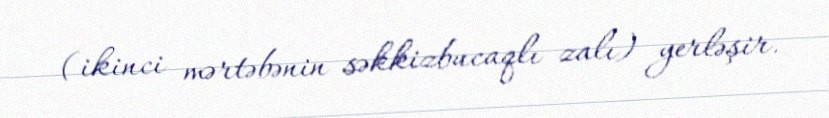
(ikinci mərtəbənin səkkizbucaqlı zalı) yerləşir.